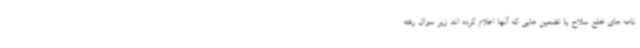
نامه های خلع سلاح یا تضمین هایی که آنها اعلام کرده اند زیر سوال رفته